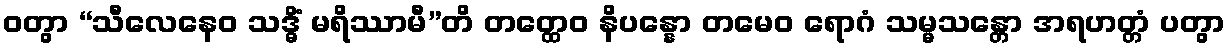
ဝတွာ “သီလေနေဝ သဒ္ဓိံ မရိဿာမီ”တိ တတ္ထေဝ နိပန္နော တမေဝ ရောဂံ သမ္မသန္တော အရဟတ္တံ ပတွာ